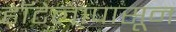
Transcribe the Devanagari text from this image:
हॉटेलापासून